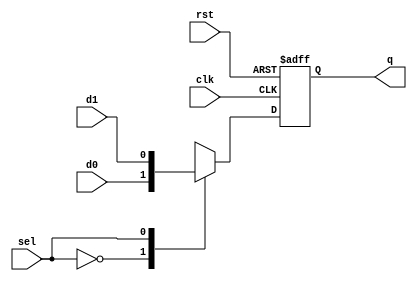
module d_ff(input d0, d1, sel, clk, rst,output reg q);
  

  reg d;
  
  always@(d0 or d1 or sel)
    begin
      case (sel)
          0 : d = d0;
          1 : d = d1;
          default: d = 1'b0;
      endcase
    end
  
  always@(posedge clk or posedge rst)
  
    begin
      if(rst)
        q<=1'b0;
      else
      q <= d;
    end
        assign qbar = ~q;
        
    
        
   endmodule

/*
Simulation Result
# Loading work.tb_dff(fast)
# run -all
# Reset is perfect
# Input is perfect
# Reset is perfect
# Input is perfect
# Input is perfect
# Input is perfect
# Input is perfect
# Reset is perfect
# ** Note: $stop    : ../tb/tb_dff.v(118)
#    Time: 995 ns  Iteration: 0  Instance: /tb_dff
# Break at ../tb/tb_dff.v line 118
# Stopped at ../tb/tb_dff.v line 118
#  exit
# End time: 12:44:11 on Nov 25,2022, Elapsed time: 0:00:00
# Errors: 0, Warnings: 0

*/